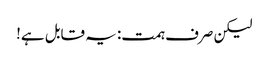
لیکن صرف ہمت: یہ قابل ہے!